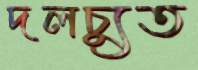
দলচ্যুত